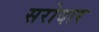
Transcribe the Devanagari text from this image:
सरोदार